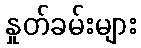
နှုတ်ခမ်းများ